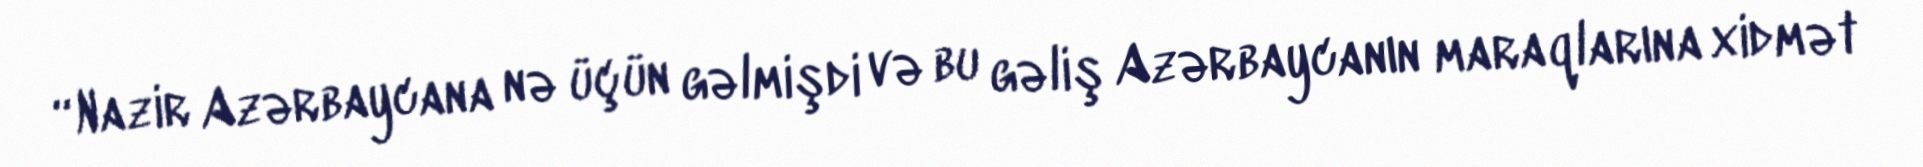
“Nazir Azərbaycana nə üçün gəlmişdi və bu gəliş Azərbaycanın maraqlarına xidmət